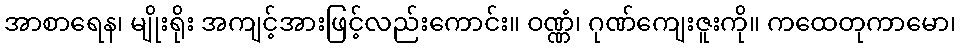
အာစာရေန၊ မျိုးရိုး အကျင့်အားဖြင့်လည်းကောင်း။ ဝဏ္ဏံ၊ ဂုဏ်ကျေးဇူးကို။ ကထေတုကာမော၊